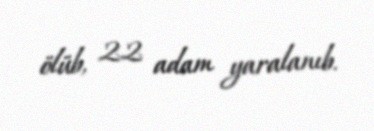
ölüb, 22 adam yaralanıb.